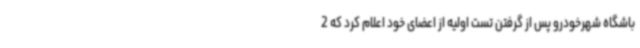
باشگاه شهرخودرو پس از گرفتن تست اولیه از اعضای خود اعلام کرد که 2